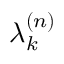
\lambda _ { k } ^ { ( n ) }